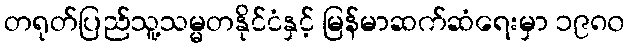
တရုတ်ပြည်သူ့သမ္မတနိုင်ငံနှင့် မြန်မာဆက်ဆံရေးမှာ ၁၉၈၀